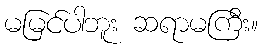
မမြင်ပါဘူး ဆရာမကြီး။